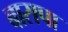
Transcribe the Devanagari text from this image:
बासपा